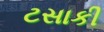
ટસાકી